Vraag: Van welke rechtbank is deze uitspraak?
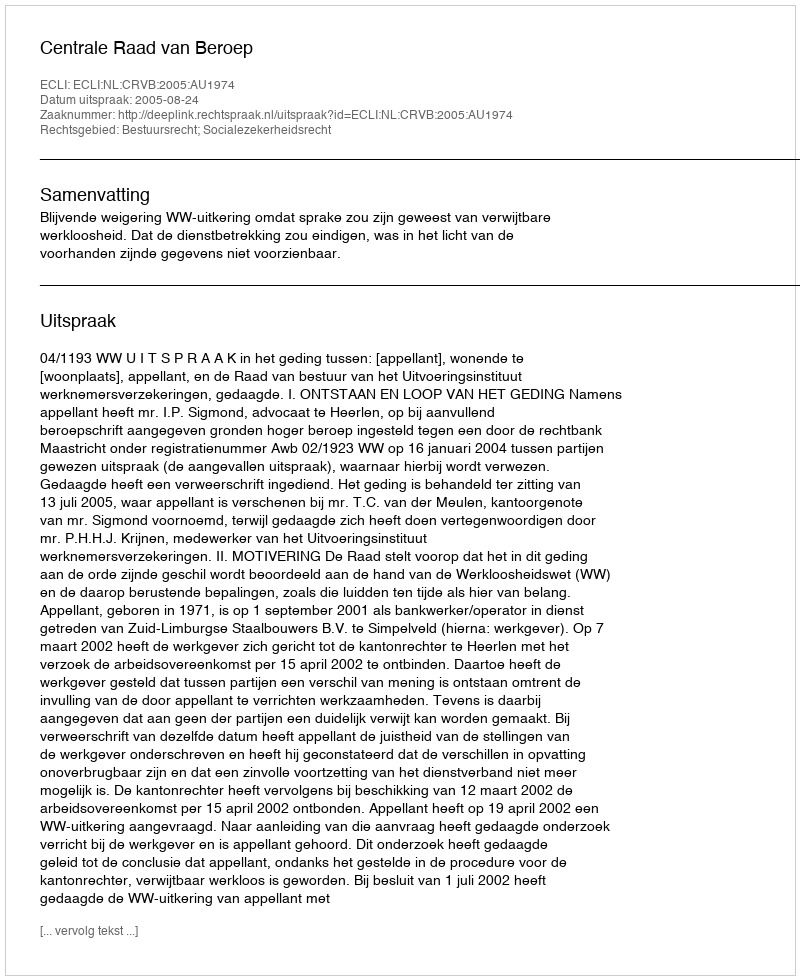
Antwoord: Centrale Raad van Beroep